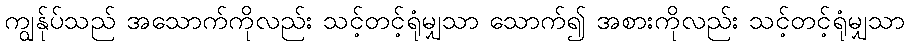
ကျွန်ုပ်သည် အသောက်ကိုလည်း သင့်တင့်ရုံမျှသာ သောက်၍ အစားကိုလည်း သင့်တင့်ရုံမျှသာ